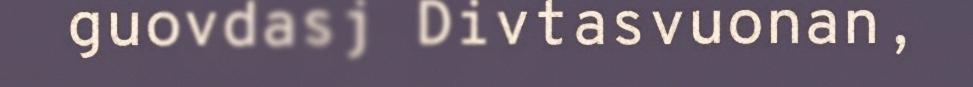
guovdasj Divtasvuonan,